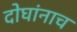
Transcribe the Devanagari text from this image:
दोघांनाच